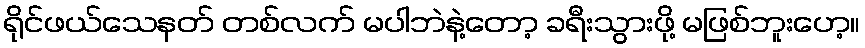
ရိုင်ဖယ်သေနတ် တစ်လက် မပါဘဲနဲ့တော့ ခရီးသွားဖို့ မဖြစ်ဘူးဟေ့။